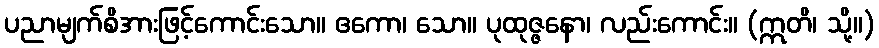
ပညာမျက်စိအားဖြင့်ကောင်းသော။ ဧကော၊ သော။ ပုထုဇ္ဇနော၊ လည်းကောင်း။ (ဣတိ၊ သို့။)